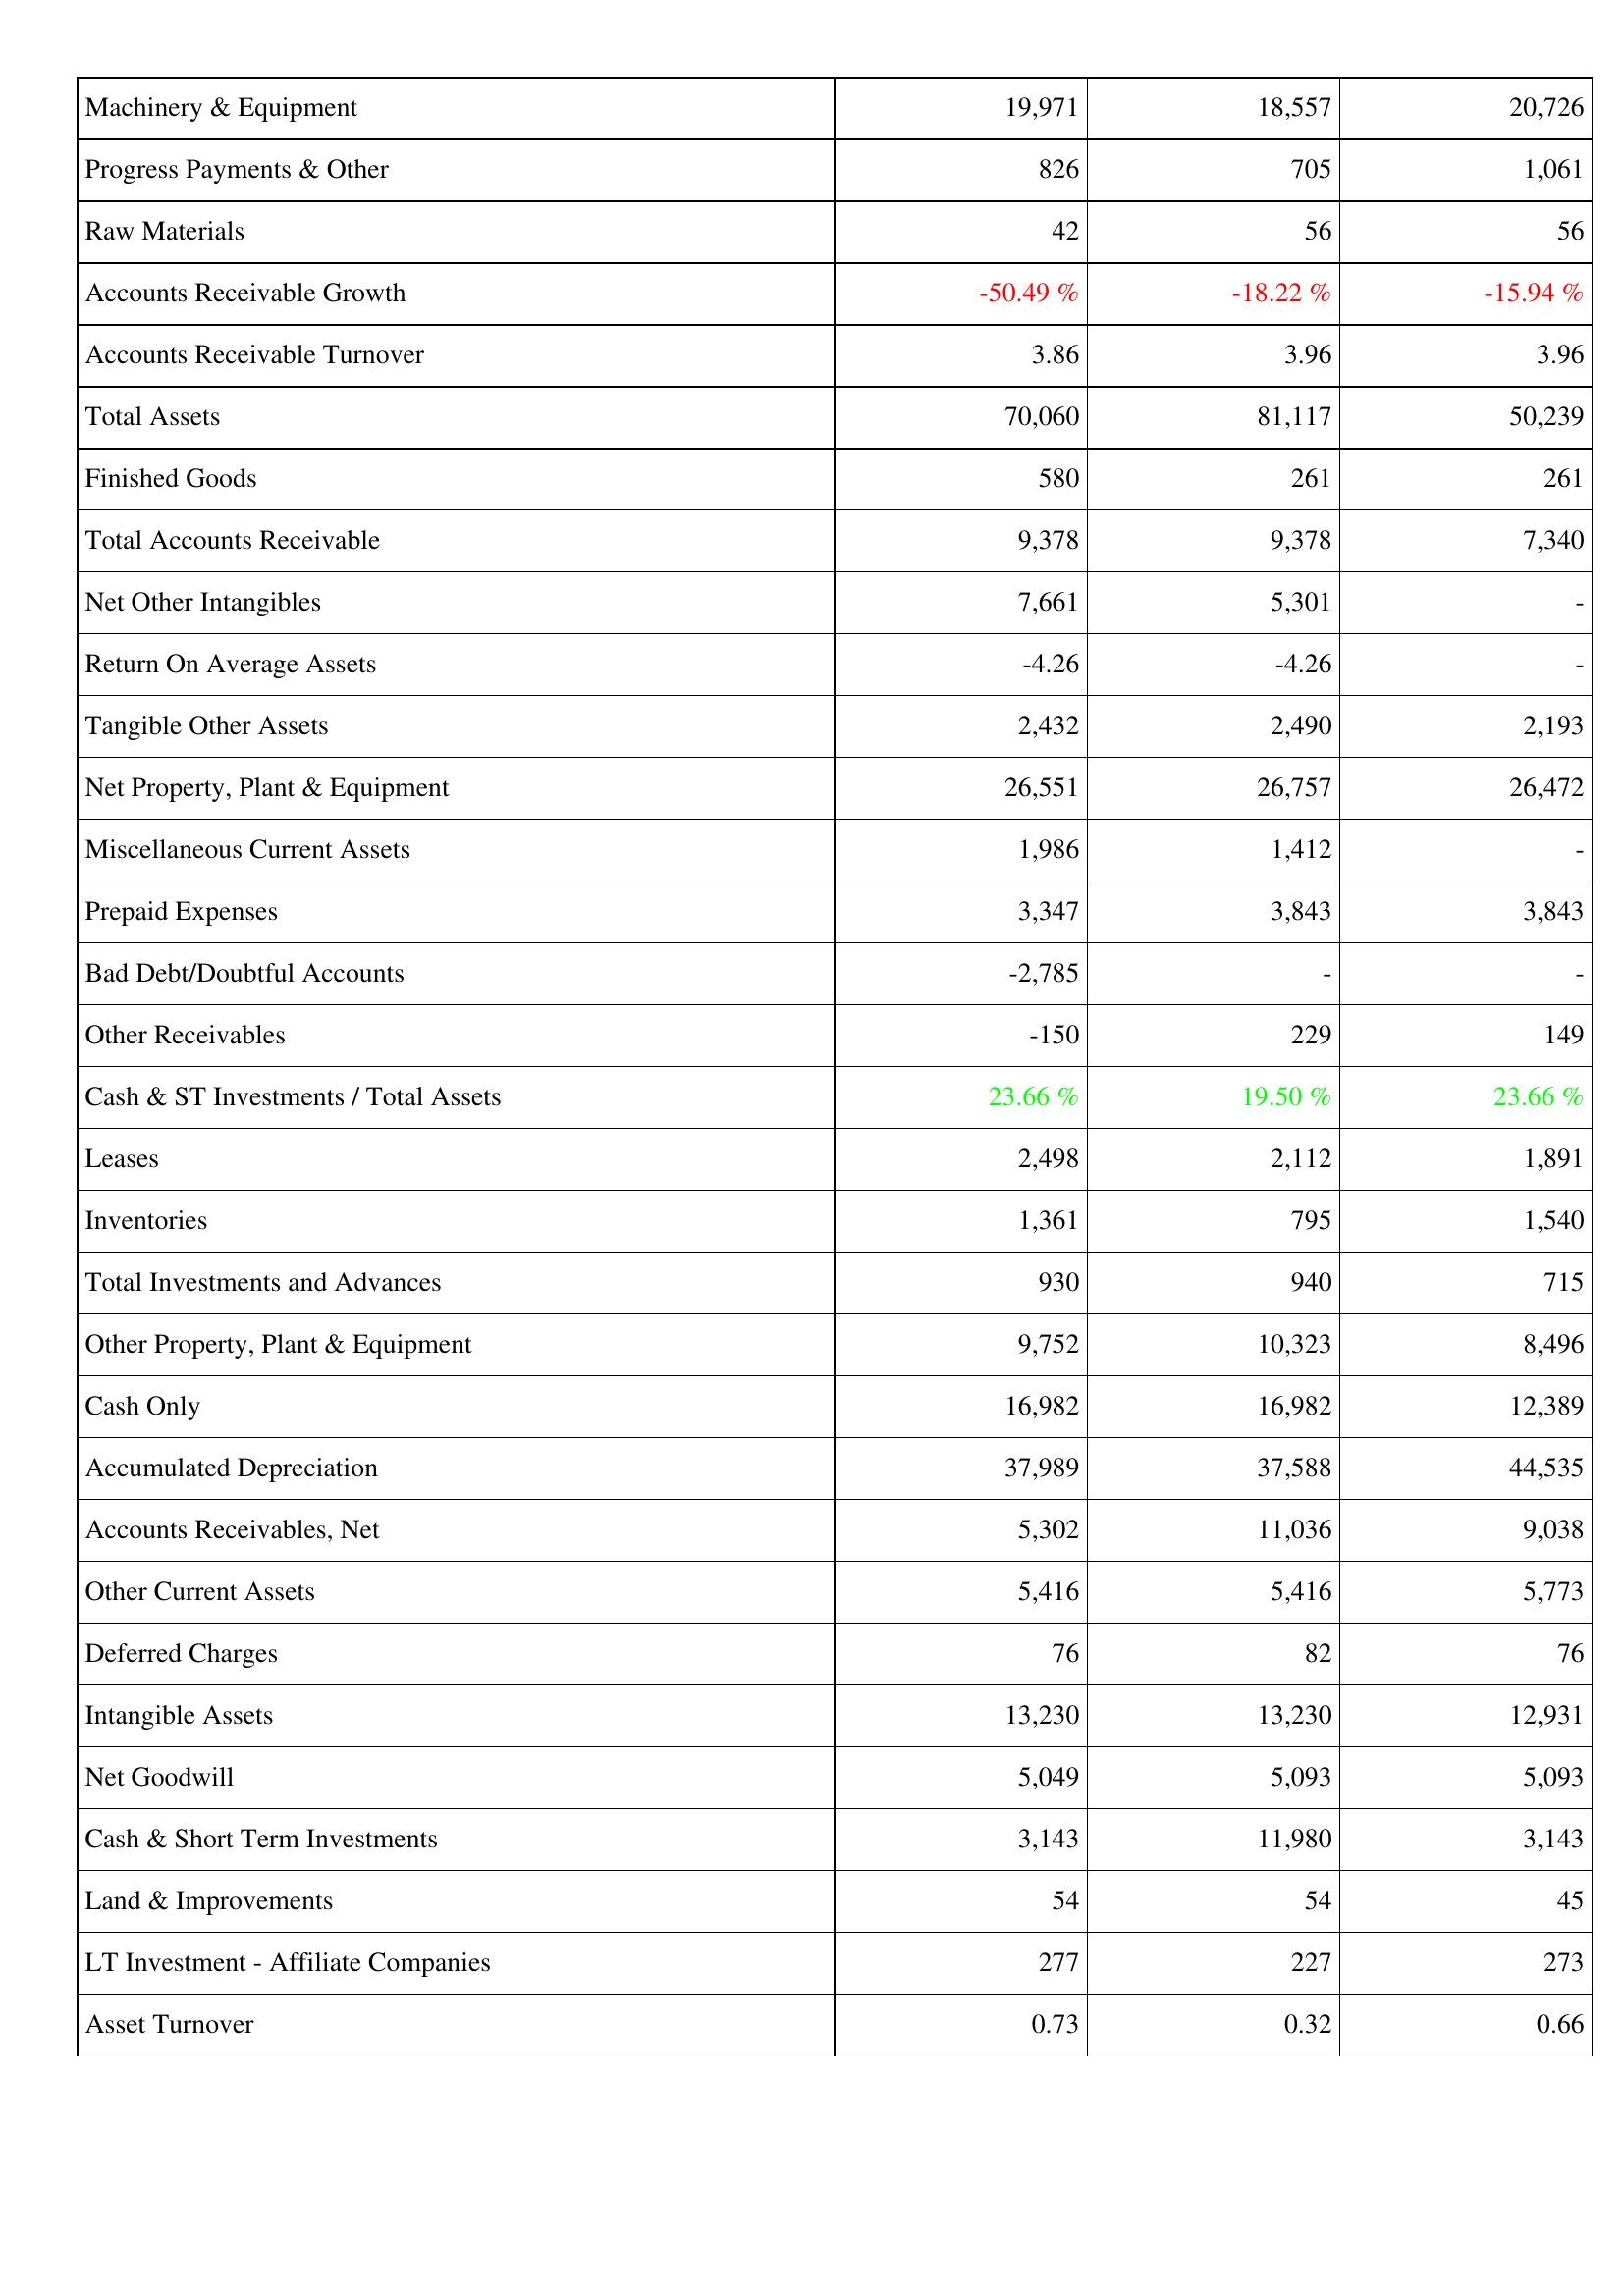
2015: Assets: Machinery & Equipment: 19,971
Progress Payments & Other: 826
Raw Materials: 42
Accounts Receivable Growth: -50.49 %
Accounts Receivable Turnover: 3.86
Total Assets: 70,060
Finished Goods: 580
Total Accounts Receivable: 9,378
Net Other Intangibles: 7,661
Return On Average Assets: -4.26
Tangible Other Assets: 2,432
Net Property, Plant & Equipment: 26,551
Miscellaneous Current Assets: 1,986
Prepaid Expenses: 3,347
Bad Debt/Doubtful Accounts: -2,785
Other Receivables: -150
Cash & ST Investments / Total Assets: 23.66 %
Leases: 2,498
Inventories: 1,361
Total Investments and Advances: 930
Other Property, Plant & Equipment: 9,752
Cash Only: 16,982
Accumulated Depreciation: 37,989
Accounts Receivables, Net: 5,302
Other Current Assets: 5,416
Deferred Charges: 76
Intangible Assets: 13,230
Net Goodwill: 5,049
Cash & Short Term Investments: 3,143
Land & Improvements: 54
LT Investment - Affiliate Companies: 277
Asset Turnover: 0.73
2016: Assets: Machinery & Equipment: 18,557
Progress Payments & Other: 705
Raw Materials: 56
Accounts Receivable Growth: -18.22 %
Accounts Receivable Turnover: 3.96
Total Assets: 81,117
Finished Goods: 261
Total Accounts Receivable: 9,378
Net Other Intangibles: 5,301
Return On Average Assets: -4.26
Tangible Other Assets: 2,490
Net Property, Plant & Equipment: 26,757
Miscellaneous Current Assets: 1,412
Prepaid Expenses: 3,843
Bad Debt/Doubtful Accounts: -
Other Receivables: 229
Cash & ST Investments / Total Assets: 19.50 %
Leases: 2,112
Inventories: 795
Total Investments and Advances: 940
Other Property, Plant & Equipment: 10,323
Cash Only: 16,982
Accumulated Depreciation: 37,588
Accounts Receivables, Net: 11,036
Other Current Assets: 5,416
Deferred Charges: 82
Intangible Assets: 13,230
Net Goodwill: 5,093
Cash & Short Term Investments: 11,980
Land & Improvements: 54
LT Investment - Affiliate Companies: 227
Asset Turnover: 0.32
2017: Assets: Machinery & Equipment: 20,726
Progress Payments & Other: 1,061
Raw Materials: 56
Accounts Receivable Growth: -15.94 %
Accounts Receivable Turnover: 3.96
Total Assets: 50,239
Finished Goods: 261
Total Accounts Receivable: 7,340
Net Other Intangibles: -
Return On Average Assets: -
Tangible Other Assets: 2,193
Net Property, Plant & Equipment: 26,472
Miscellaneous Current Assets: -
Prepaid Expenses: 3,843
Bad Debt/Doubtful Accounts: -
Other Receivables: 149
Cash & ST Investments / Total Assets: 23.66 %
Leases: 1,891
Inventories: 1,540
Total Investments and Advances: 715
Other Property, Plant & Equipment: 8,496
Cash Only: 12,389
Accumulated Depreciation: 44,535
Accounts Receivables, Net: 9,038
Other Current Assets: 5,773
Deferred Charges: 76
Intangible Assets: 12,931
Net Goodwill: 5,093
Cash & Short Term Investments: 3,143
Land & Improvements: 45
LT Investment - Affiliate Companies: 273
Asset Turnover: 0.66